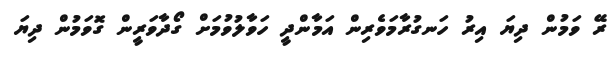
ރޭ ވަމުން ދިޔަ އިރު ހަނގުރާމަވެރިން އަމާންދީ ހަވާލުވުމަށް ގޯދާވަރީން ގޮވަމުން ދިޔަ